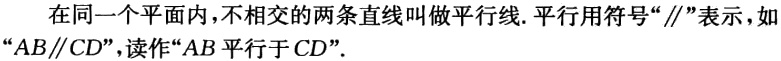
在同一个平面内，不相交的两条直线叫做平行线. 平行用符号“\(\parallel\)”表示，如“\(AB\parallel CD\)”，读作“\(AB\)平行于\(CD\)”.